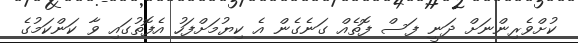
ކުށްވެރިންނަށް ދަނީ ފަސް ފޮތެއް ގަނެގެން އެ ކިޔުމަށްފަހު އެފޮތުގައި ވާ ކަންކަމުގެ